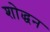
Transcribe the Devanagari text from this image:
शोद्धन